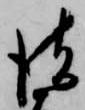
彼